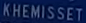
KHEMISSETT